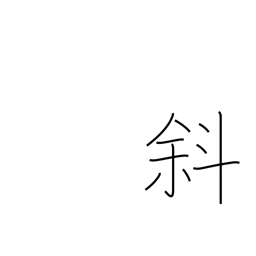
Meaning: diagonal